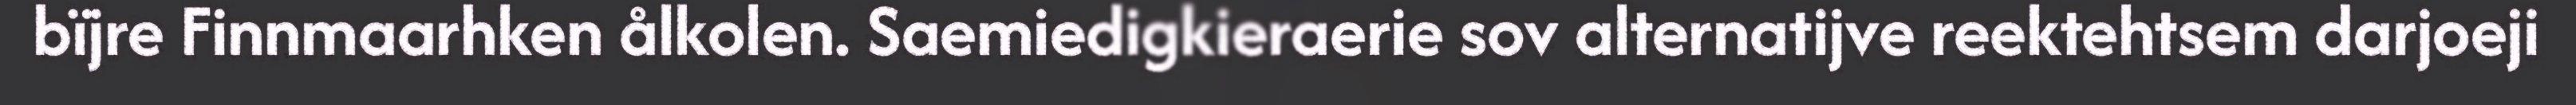
bïjre Finnmaarhken ålkolen. Saemiedigkieraerie sov alternatijve reektehtsem darjoeji